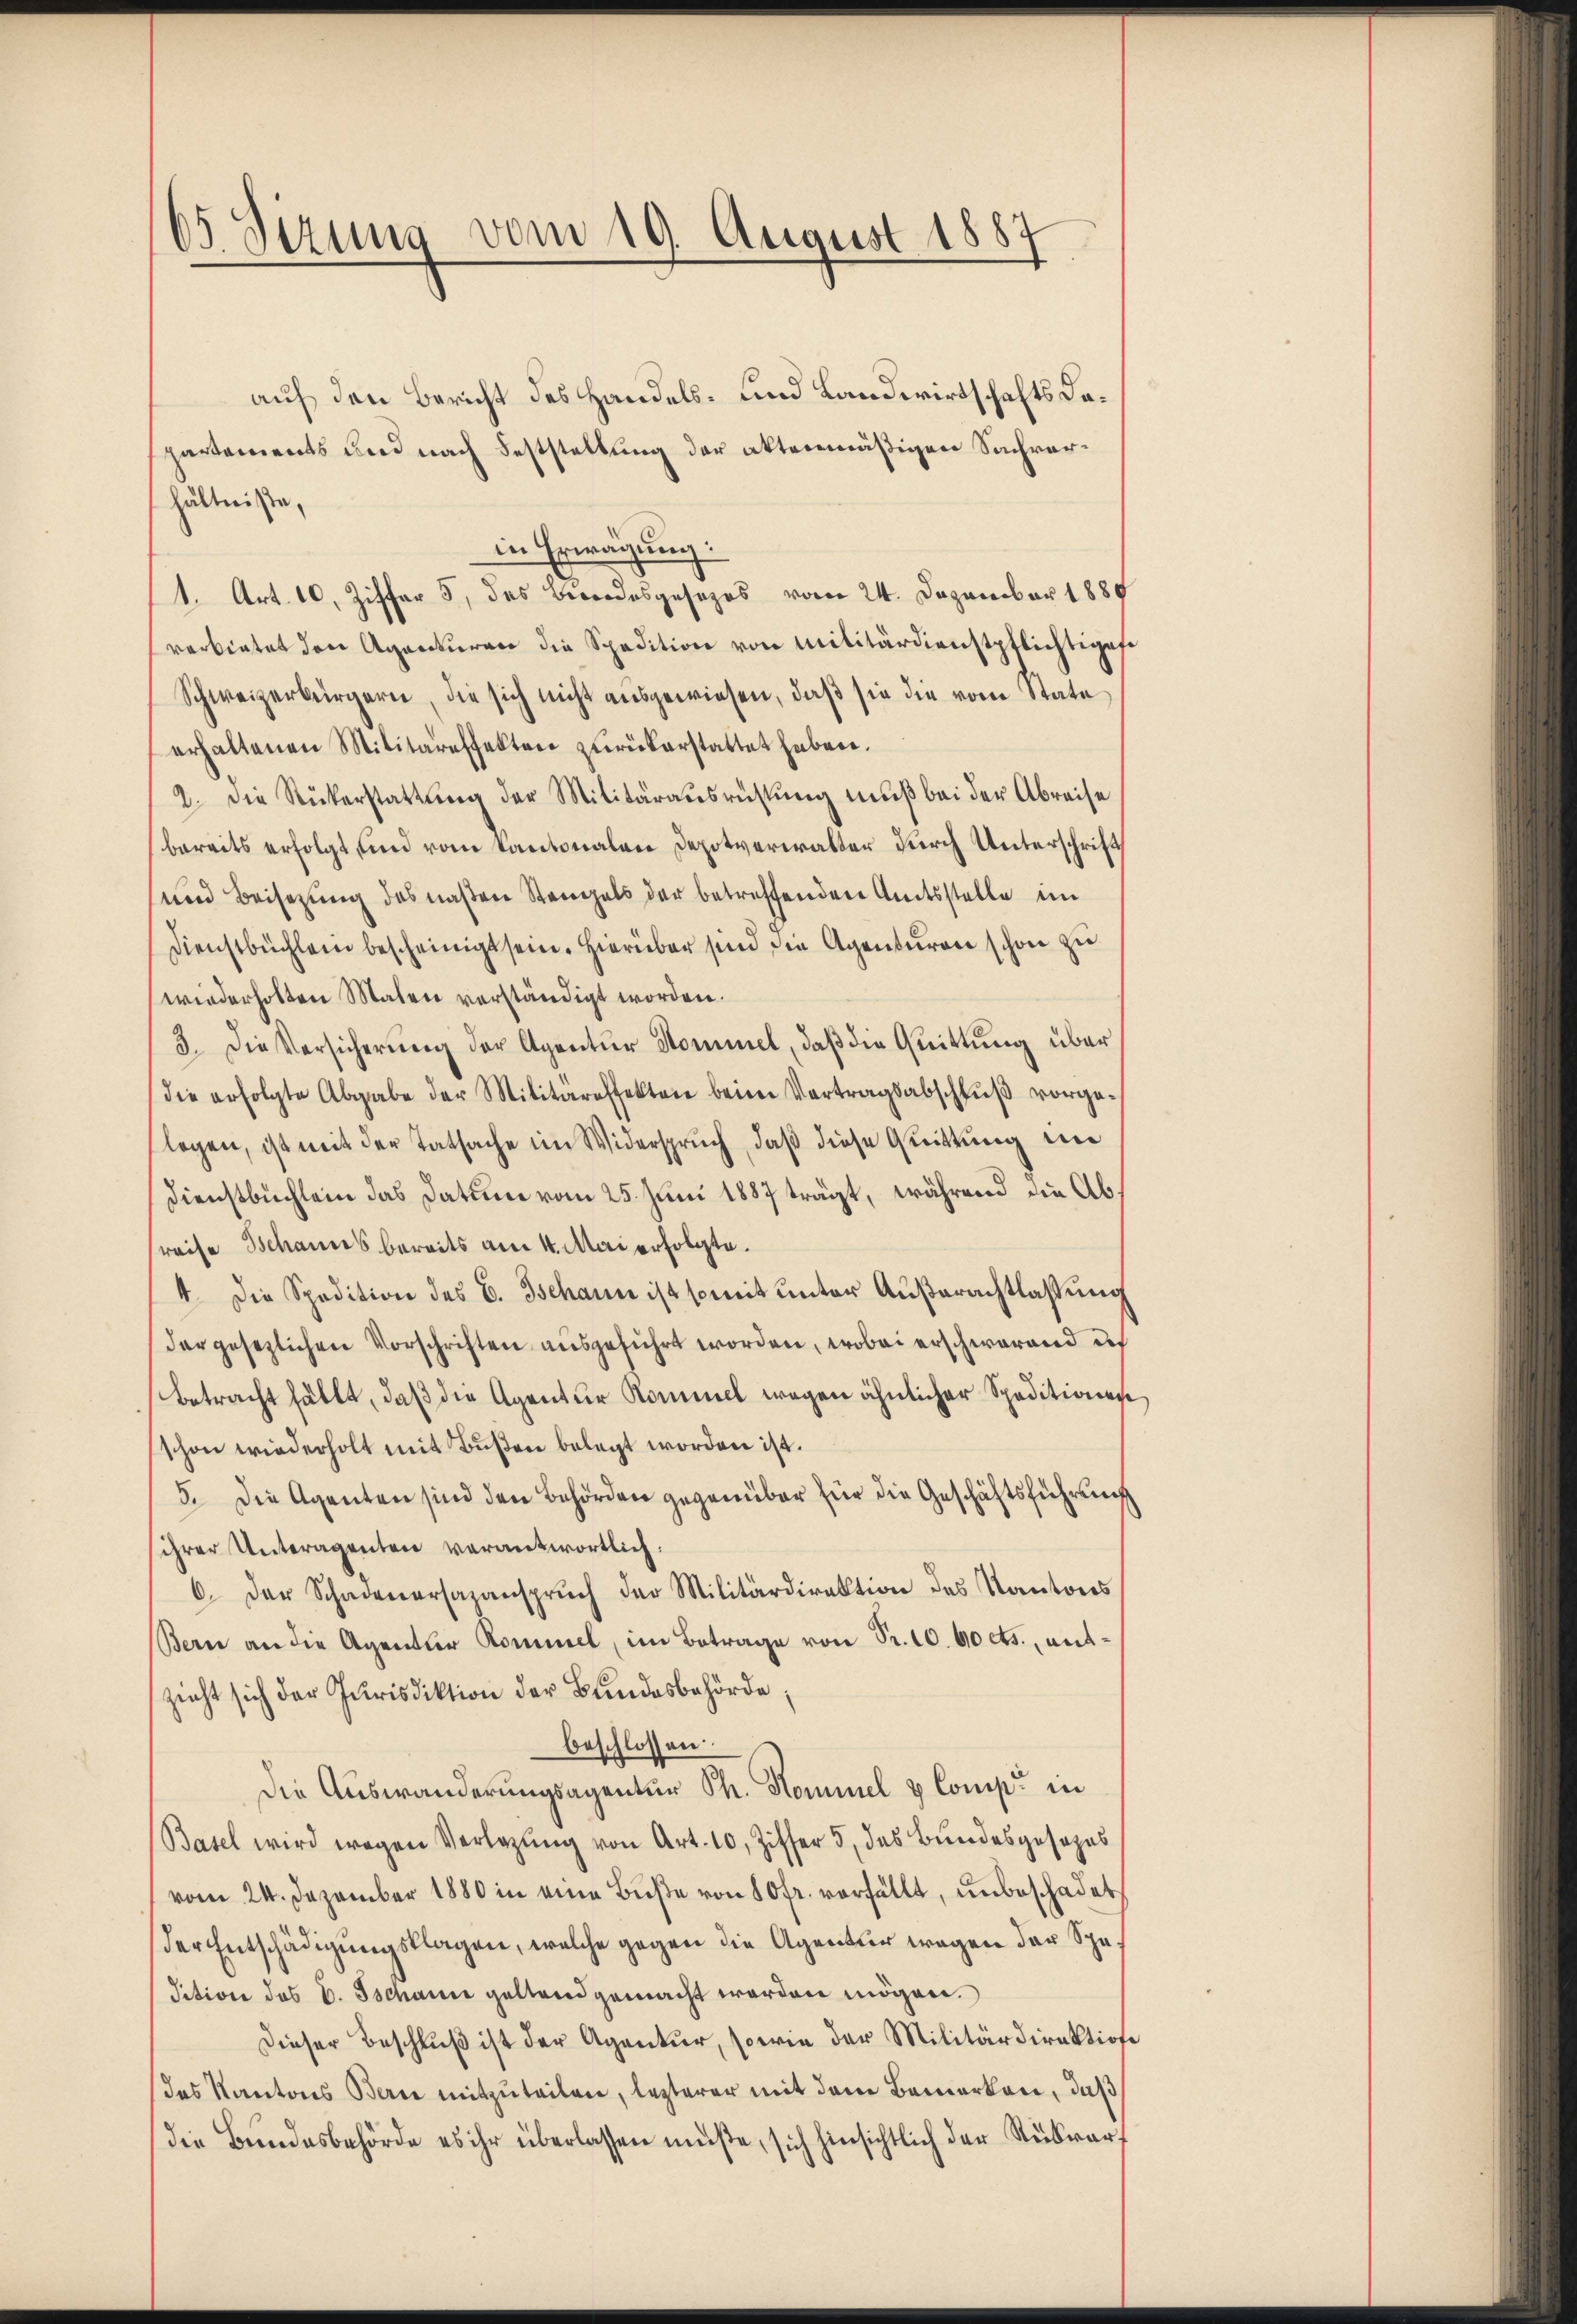
65 Sizung vom 19. August 1881

auf den Bericht des Handels- und Landwirtschafts dapartements und nach Feststellung der aktenmäßigen Sachverhältniße,
in Erwägung:
1. Art. 10, Ziffer 5. des Berrodesgesezes vom 24. Dezember 1889
verbietet den Agenturare die Spedition von Militärdienstpflichtiges
Schweizerbürgern, die sich nicht aŭsgewiesen, daβ sie die vom State
erhaltenen Militäreffekten zurückerstattet haben.
2. Die Rükerstattung der Militärausrüstung muß bei der Abreise
bereits erfolgt und vom Kantonalen Depotverwalter durch Unterschrift
und Beisezung des naßen Stangels der betreffenden Amtsstelle im
Dienstbüchlein bescheinigt sein. Hierüber sind die Agenturen schon zu
wiederholten Malen verständigt worden.
3. Die Versicherŭng der Agentŭr Kommel, daβ die Geittŭng über
die erfolgte Abgabe der Militäreffekten beim Vertragsabschluß vorgelegen, ist mit der Tatsache im Widerspruch, daß diese Quittung in
Dienstbuchlein das Datum vom 25. Juni 1887 trägt, während die Abreise Schannes bereits am 4. Mai erfolgte.
4. Die Spedition des E. Tschann ist somit unter Außerachtlassung
der gesezlichen Vorschriften ausgeführt worden, wobei erschwärend der
betracht fällt, daß die Agentur Kommel wegen ähnlicher Speditionen
schon wiederholt mit Bußen belegt worden ist.
5. Die Agenten sind den Behörden gegenüber für die Geschäftsführung
ihrer Unteragenten verantwortlich:
6. Der Schadenersazansprŭch der Militärdirektion des Kantons
Bern an die Agentler Kommel, im Betrage von Sr. 10. 60 cts., entzieht sich der Jurisdiktion der Bundesbehörde;
beschlossen:
Die Auswanderungsagentur Th. Hominel & Comp. in
Basel wird wegen Verlegŭng von Art. 10, Ziffer 5 des Bŭndesgesezes
vom 24. Dezember 1880 in eine Buße von 80fr. verfällt, unbeschadet
der Entschädigungsklagen, welche gegen die Agentur wegen der Spe¬
Sition des C. Tschann geltend gemacht worden mögen.
Dieser Beschlŭβ ist der Agantur, sowie der Militärdirektione
das Kantons Bern mitzŭteilen, lezterer mit dem Bemerken, daß
die Bundesbehörde es ihr überlassen müße, sich hinsichtlich der Rükrar¬